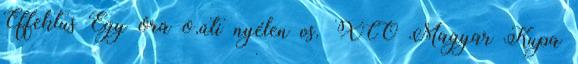
Effektus Egy óra o.úti nyélen vs. XCO Magyar Kupa